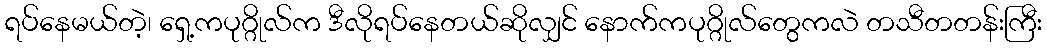
ရပ်နေမယ်တဲ့၊ ရှေ့ကပုဂ္ဂိုလ်က ဒီလိုရပ်နေတယ်ဆိုလျှင် နောက်ကပုဂ္ဂိုလ်တွေကလဲ တသီတတန်းကြီး